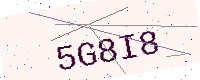
Text: 5G8I8